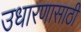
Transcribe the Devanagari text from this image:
उधारणासाठी